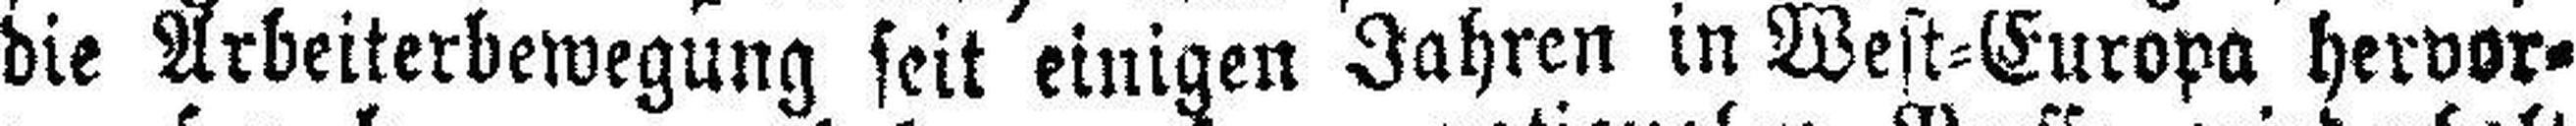
die Arbeiterbewegung seit einigen Jahren in West-Europa hervor¬